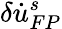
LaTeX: \delta\dot{u}_{FP}^{s}